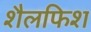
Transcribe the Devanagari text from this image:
शैलफिश